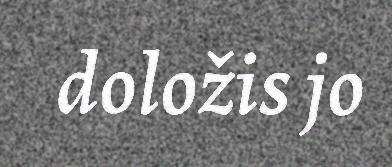
doložis jo